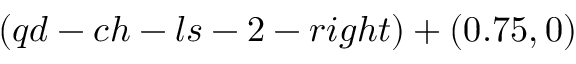
( q d - c h - l s - 2 - r i g h t ) + ( 0 . 7 5 , 0 )